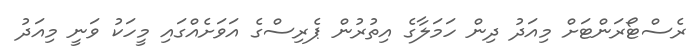
ރެސްޓޯރަންޓަށް މިއަދު ދިން ހަމަލާގެ އިތުރުން ޕެރިސްގެ އަވަށެއްގައި މީހަކު ވަނީ މިއަދު